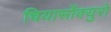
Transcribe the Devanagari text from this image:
चियार्सोक्युरो